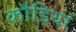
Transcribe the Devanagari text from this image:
कौड़ियां